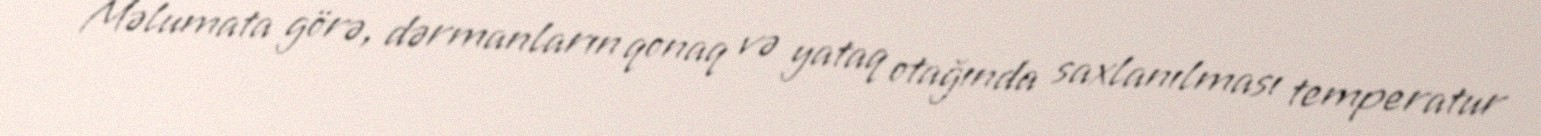
Məlumata görə, dərmanların qonaq və yataq otağında saxlanılması temperatur